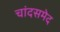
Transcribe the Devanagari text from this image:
चांदसमेद